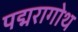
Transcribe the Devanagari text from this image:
पद्मरागोथ